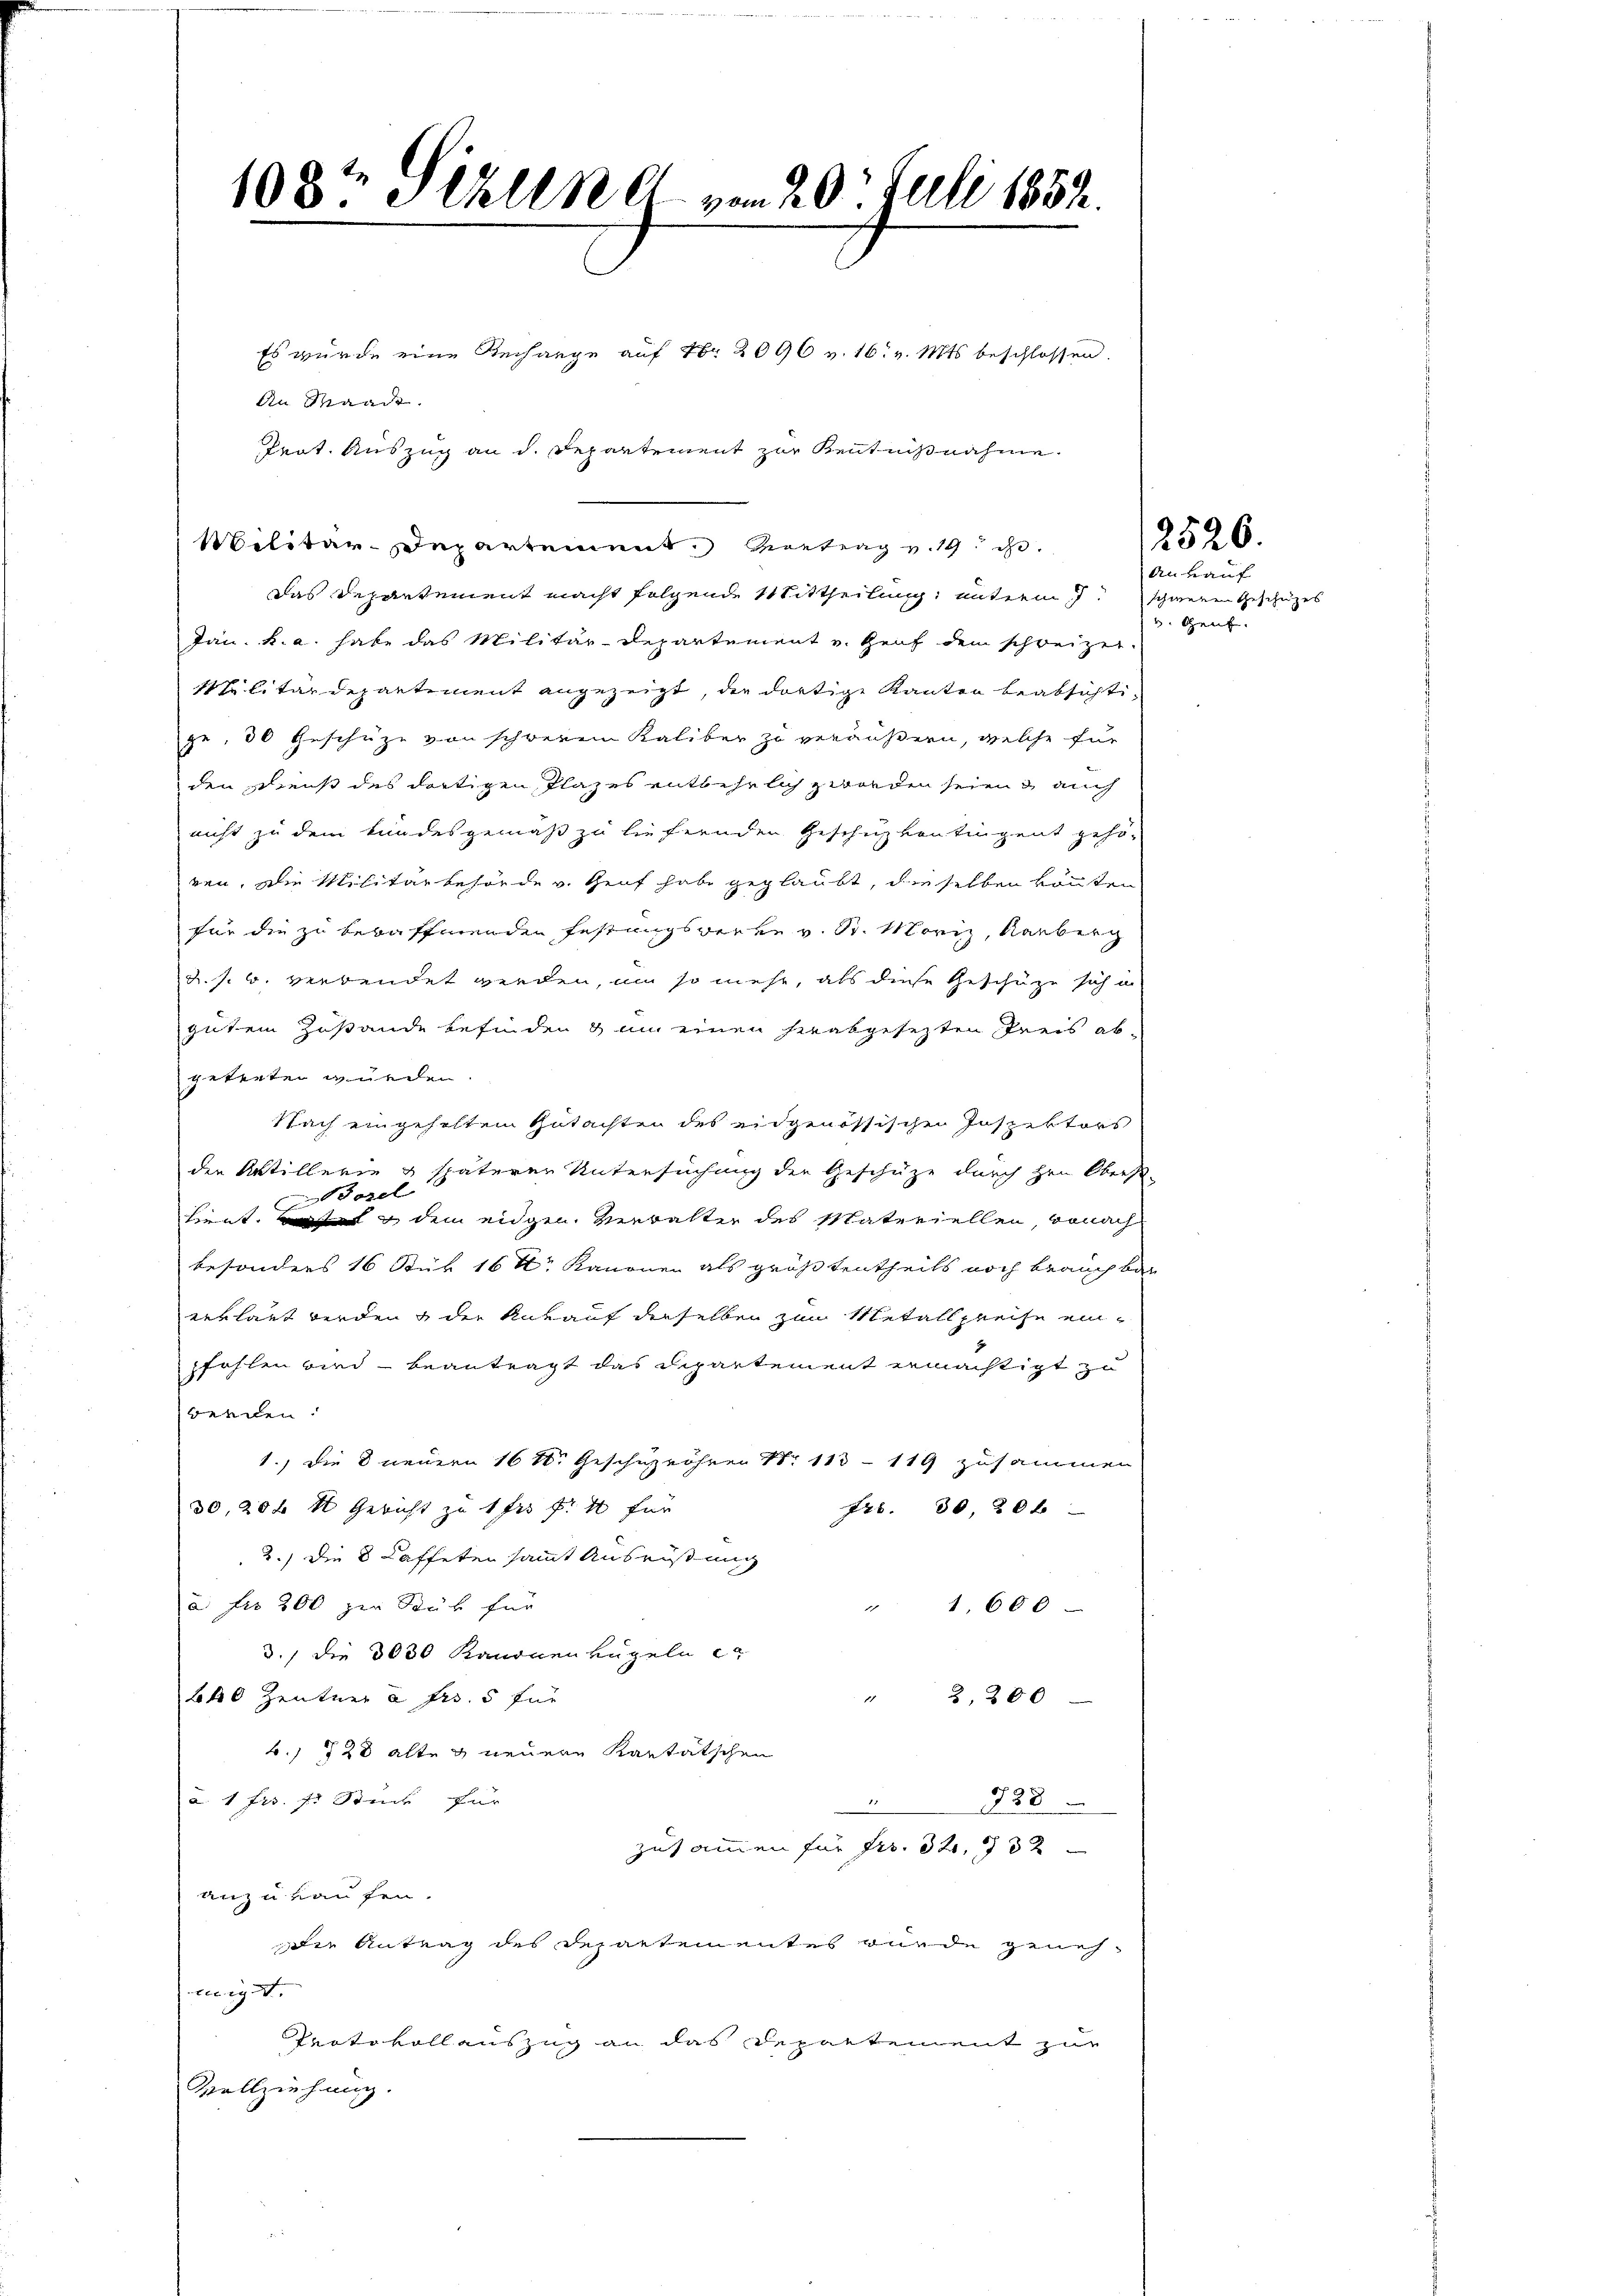
Prat. Auszug an d. Departement zur Kenntnißnahme.

108. Schlen et vom 20. Juli 1852.
Es wurde eine Rechange auf Nr. 2096 v. 16. v. Mts. beschlossen.
An Waadt.

Militär-Departement. Vortrag v. 19. d.

das Departement macht folgende Mittheilung, unterm 7. schweren Geschäzes
Jan. k. a. habe das Militär-Departement u. Heuf dem schreizer.
Silitärdepartement angezeigt, die dortige Kanton beabsichtige, 30 Geschüze von schwerem Kaliber zu veräußern, welche für
den Diens des dortigen Plazes entbehrlich zworden seien auch
nicht zu dem kundesgemäß zu liefernden Geschüzvontingent gehö-
ren, die Militärbehörde v. Genf habe geglaubt, dieselben könnten
für die zu bewaffnenden Festungswerke v. St. Moriz, Rauberg
u. s. w. verbendet werden, um so mehr, als diese Geschütze sich an
gutem Zustande befinden & an einen herabgesetzten Preis ab-
getreten würden.
Nach eingehalten Gutachten des eidgenössischen Inspektors
den Artillerie & späteren Untersuchung der Geschütze durch Hrn. Oberst-
Borel
Lieut. dem eidgen. Verwalter des Materiellen, wonach
besonders 16 Stük 16 Xr Kanonen als größtentheils noch brauch bar
eerlaut werden & der Ankauf derselben zum Metallpreise einpfahlen wird beantragt das Departement ermächtigt z
werden.
1.) Die 8 neuern 161. Geschüzröhren Nr. 113 - 119 zusammen
30, 204 X Gericht zu 1 fr. f. 4 für
748. 30, 20 x
2.) Die 8 Kaffeten sammt Ausrüstung
a Fr. 200 zur Stück für
" 1,600
3., die 3030 Kanonen kugeln e
bko Zentner à frs. 5 für
¬
2,200
b. 728 alte g neuere Kartätschen
a. 1 frs. f. Stücke für
828

zusammen für Fr. 32, 132
anzukaufen.
die Antrag des Departementes wurde geneheuig.
Protokollauszug an das Departement zur
Vollziehung.

2526.

Ankauf
v. Genf